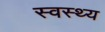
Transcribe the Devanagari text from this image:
स्‍वस्‍थ्‍य